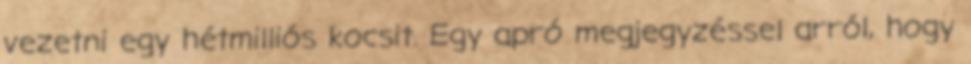
vezetni egy hétmilliós kocsit. Egy apró megjegyzéssel arról, hogy